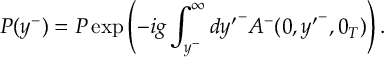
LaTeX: P ( y ^ { - } ) = { \cal P } \exp \left( - i g \int _ { y ^ { - } } ^ { \infty } d { y ^ { \prime } } ^ { - } A ^ { - } ( 0 , { y ^ { \prime } } ^ { - } , 0 _ { T } ) \right) .